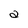
Character: a